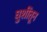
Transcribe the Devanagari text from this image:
घुशींतून